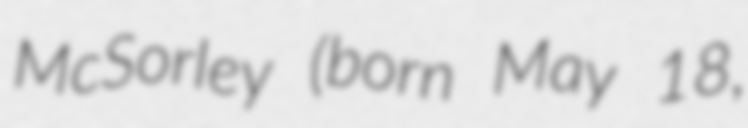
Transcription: McSorley (born May 18,